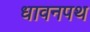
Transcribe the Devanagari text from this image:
धावनपथ